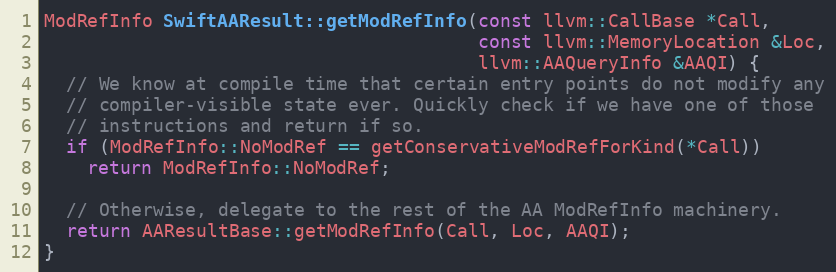
Language: C++
ModRefInfo SwiftAAResult::getModRefInfo(const llvm::CallBase *Call,
                                        const llvm::MemoryLocation &Loc,
                                        llvm::AAQueryInfo &AAQI) {
  // We know at compile time that certain entry points do not modify any
  // compiler-visible state ever. Quickly check if we have one of those
  // instructions and return if so.
  if (ModRefInfo::NoModRef == getConservativeModRefForKind(*Call))
    return ModRefInfo::NoModRef;

  // Otherwise, delegate to the rest of the AA ModRefInfo machinery.
  return AAResultBase::getModRefInfo(Call, Loc, AAQI);
}